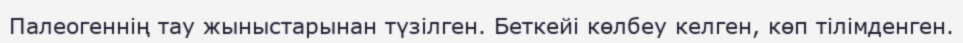
Палеогеннің тау жыныстарынан түзілген. Беткейі көлбеу келген, көп тілімденген.